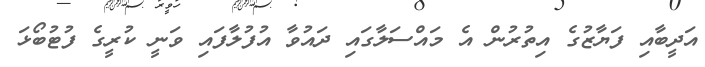
އަދީބާއި ފަޔާޒުގެ އިތުރުން އެ މައްސަލާގައި ދައުވާ އުފުލާފައި ވަނީ ކުރީގެ ފުޓުބޯޅަ